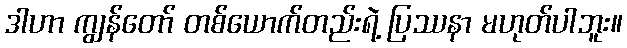
ဒါဟာ ကျွန်တော် တစ်ယောက်တည်းရဲ့ ပြဿနာ မဟုတ်ပါဘူး။